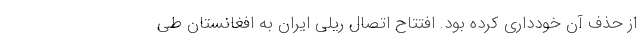
از حذف آن خودداری کرده بود. افتتاح اتصال ریلی ایران به افغانستان طی